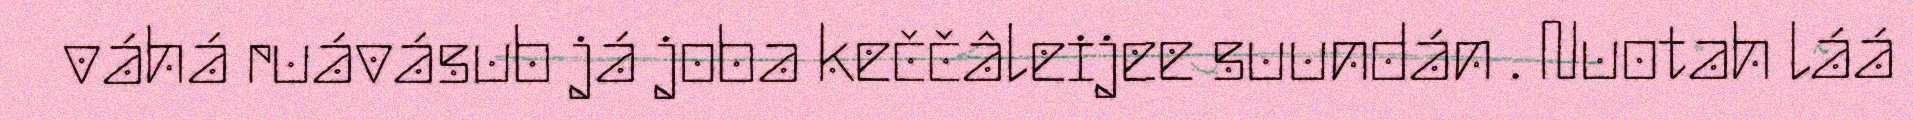
váhá ruávásub já joba keččâleijee suundán . Nuotah láá